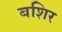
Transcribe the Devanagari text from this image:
बशिर